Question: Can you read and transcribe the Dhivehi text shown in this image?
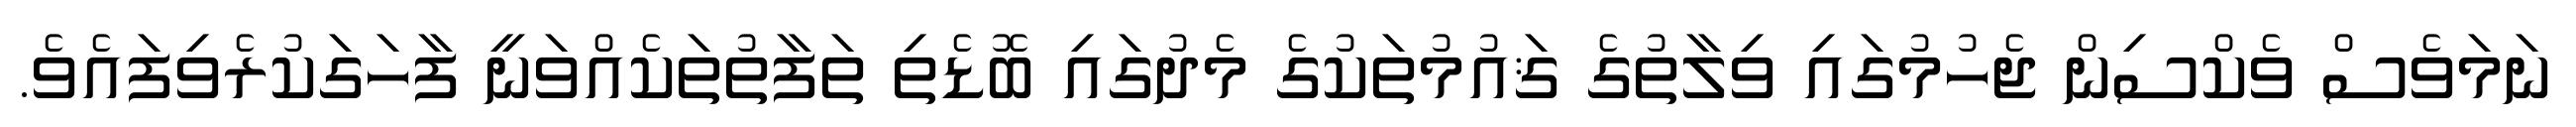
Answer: ނަމަވެސް ވެކްސިން ޖެހުމުގައި ވިލާތުގެ ޤައުމުތަކުގެ މެދުގައި ބޮޑެތި ތަފާތުތަކެއްވަނީ ފާހަގަކުރެވިފައެވެ.